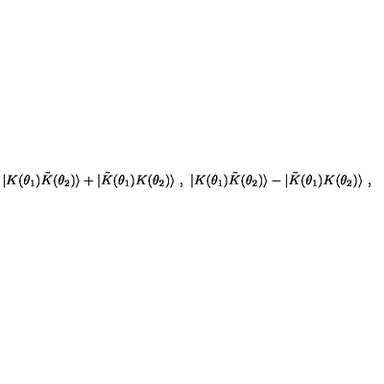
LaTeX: \ | K ( \theta _ { 1 } ) { \tilde { K } } ( \theta _ { 2 } ) \rangle + | { \tilde { K } } ( \theta _ { 1 } ) K ( \theta _ { 2 } ) \rangle \ , \ | K ( \theta _ { 1 } ) { \tilde { K } } ( \theta _ { 2 } ) \rangle - | { \tilde { K } } ( \theta _ { 1 } ) K ( \theta _ { 2 } ) \rangle \ ,